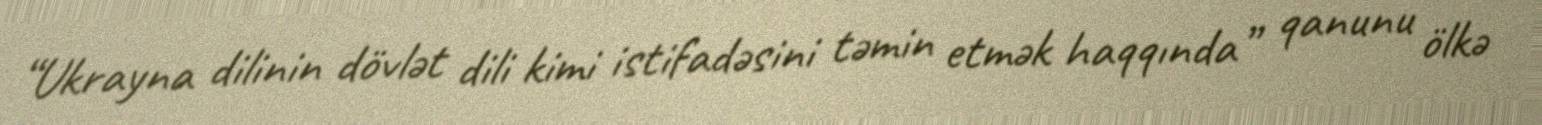
“Ukrayna dilinin dövlət dili kimi istifadəsini təmin etmək haqqında” qanunu ölkə